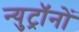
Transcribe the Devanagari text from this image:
न्युट्रॉनों